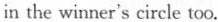
in the winner's circle too.